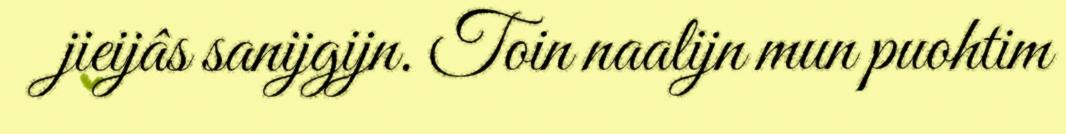
jieijâs sanijgijn. Toin naalijn mun puohtim